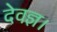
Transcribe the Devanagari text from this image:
देवज्ञ।